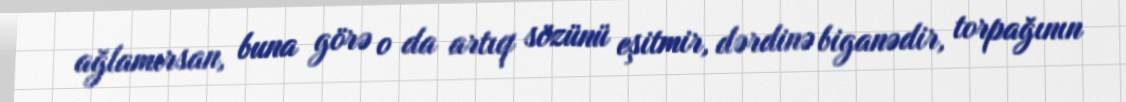
ağlamırsan, buna görə o da artıq sözünü eşitmir, dərdinə biganədir, torpağının